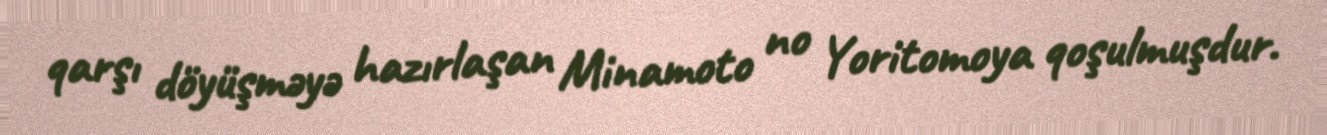
qarşı döyüşməyə hazırlaşan Minamoto no Yoritomoya qoşulmuşdur.